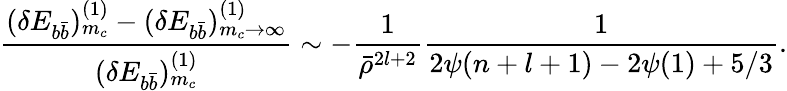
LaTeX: {\frac{(\delta E_{b\bar{b}})_{m_{c}}^{(1)}-(\delta E_{b\bar{b}})_{m_{c}\to\infty}^{(1)}}{(\delta E_{b\bar{b}})_{m_{c}}^{(1)}}}\sim-{\frac{1}{\bar{\rho}^{2l+2}}}{\frac{1}{2\psi(n+l+1)-2\psi(1)+5/3}}.